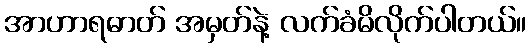
အာဟာရဓာတ် အမှတ်နဲ့ လက်ခံမိလိုက်ပါတယ်။